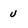
Character: v